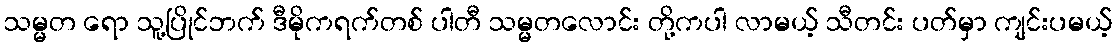
သမ္မတ ရော သူ့ပြိုင်ဘက် ဒီမိုကရက်တစ် ပါတီ သမ္မတလောင်း တို့ကပါ လာမယ့် သီတင်း ပတ်မှာ ကျင်းပမယ့်